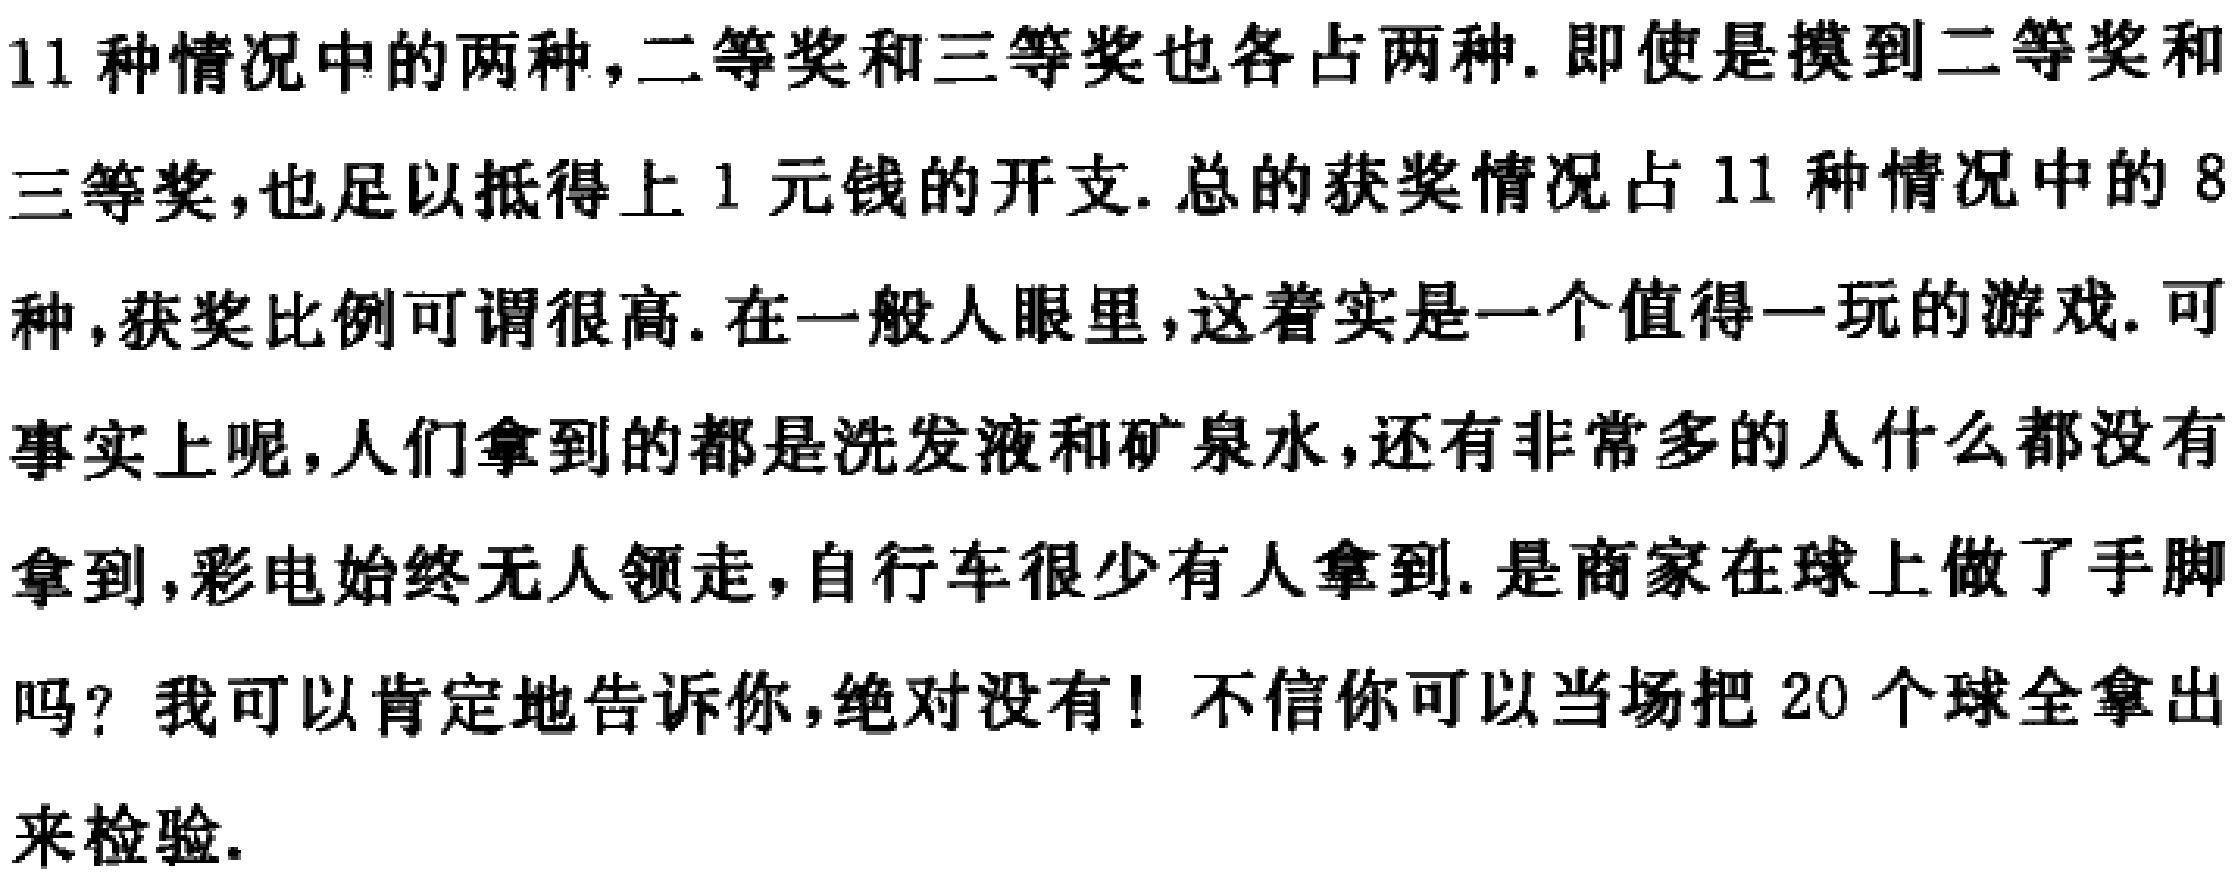
11种情况中的两种，二等奖和三等奖也各占两种. 即使是摸到二等奖和三等奖，也足以抵得上1元钱的开支. 总的获奖情况占11种情况中的8种，获奖比例可谓很高. 在一般人眼里，这着实是一个值得一玩的游戏. 可事实上呢，人们拿到的都是洗发液和矿泉水，还有非常多的人什么都没有拿到，彩电始终无人领走，自行车很少有人拿到. 是商家在球上做了手脚吗？我可以肯定地告诉你，绝对没有！不信你可以当场把20个球全拿出来检验.